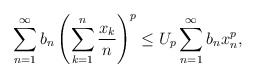
\begin{align*} \sum^{\infty}_{n=1}b_n \left (\sum^{n}_{k=1}\frac {x_k}{n} \right )^p \leq U_p\sum^{\infty}_{n=1}b_nx^p_n,\end{align*}